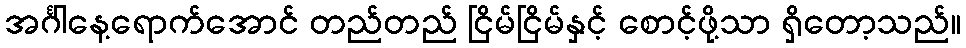
အင်္ဂါနေ့ရောက်အောင် တည်တည် ငြိမ်ငြိမ်နှင့် စောင့်ဖို့သာ ရှိတော့သည်။